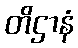
တိဌာနံ